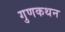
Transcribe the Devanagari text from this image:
गुणकथन